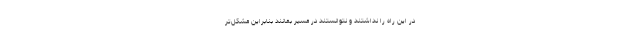
در این راه را نداشتند و نتوانستند در مسیر بمانند بنابراین مشکل‌تر